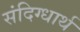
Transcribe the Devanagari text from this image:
संदिग्धार्थ